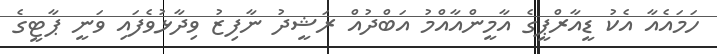
ހަމައެއާ އެކު ޑީއާރްޕީގެ އާމީންއާއްމު އަބްދުއް ރަޝީދު ނާފިޒު ވިދާޅުވެފައި ވަނީ ޕާޓީގެ